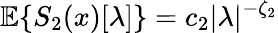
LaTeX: {\mathbb E}\{ S_{2}(x)[\lambda]\} =c_{2}|\lambda|^{-\zeta_{2}}